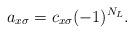
LaTeX: \begin{align*}a_{x\sigma}=c_{x\sigma} (-1)^{N_L}.\end{align*}